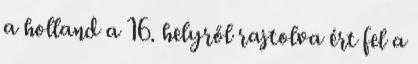
a holland a 16. helyről rajtolva ért fel a